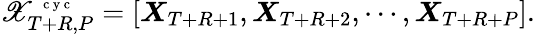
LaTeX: \mathscr X_{T+R,P}^{\mathrm{~\scriptsize~c~y~c~}}=\left[\begin{array}{l}{{\boldsymbol X}_{T+R+1},\boldsymbol X_{T+R+2},\cdots,\boldsymbol X_{T+R+P}}\end{array}\right].